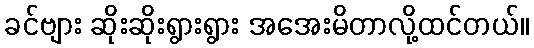
ခင်ဗျား ဆိုးဆိုးရွားရွား အအေးမိတာလို့ထင်တယ်။